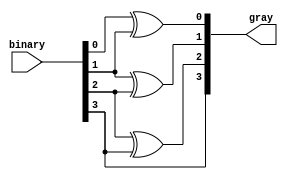
module b2g_converter #(parameter WIDTH=4) (input [WIDTH-1:0] binary, output [WIDTH-1:0] gray);
  
  genvar i;

  
    for(i=0;i<WIDTH-1;i=i+1) begin
      assign gray[i] = binary[i] ^ binary[i+1];
    end
  
  
  assign gray[WIDTH-1] = binary[WIDTH-1];
endmodule